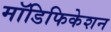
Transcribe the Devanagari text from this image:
मॉडिफिकेशन